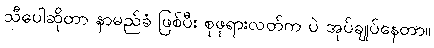
သီပေါဆိုတာ နာမည်ခံ ဖြစ်ပီး စုဖုရားလတ်က ပဲ အုပ်ချုပ်နေတာ။